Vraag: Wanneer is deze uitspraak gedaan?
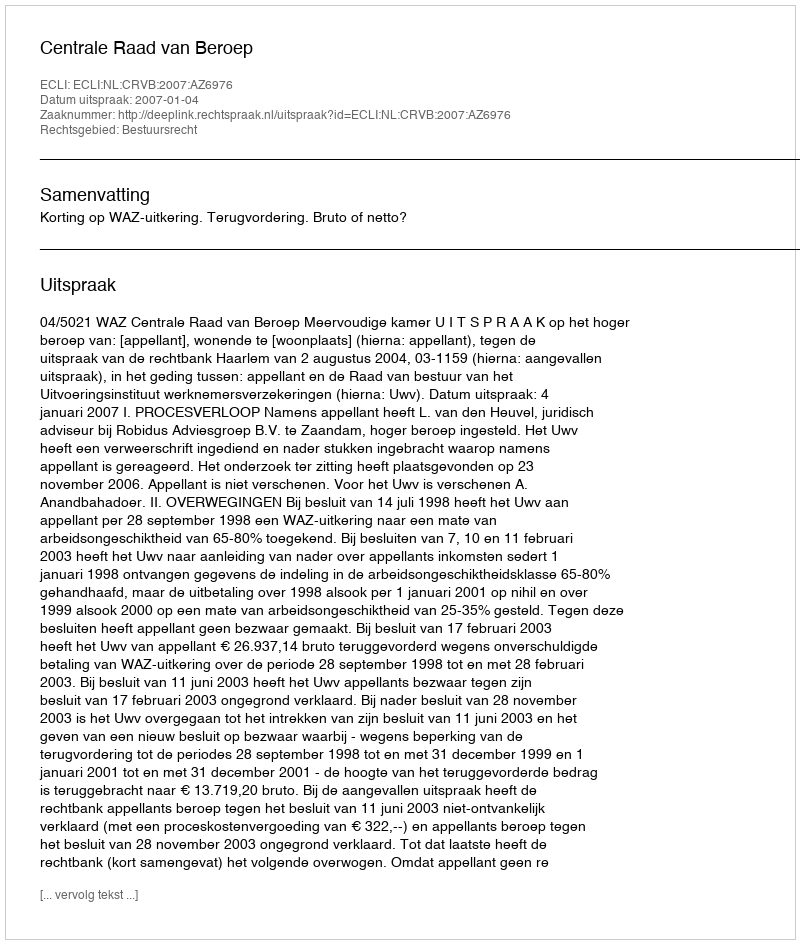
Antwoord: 2007-01-04